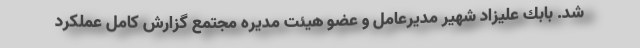
شد. بابك عليزاد شهير مديرعامل و عضو هيئت مديره مجتمع گزارش كامل عملكرد